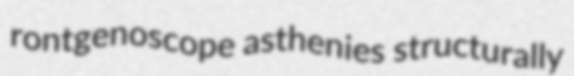
rontgenoscope asthenies structurally